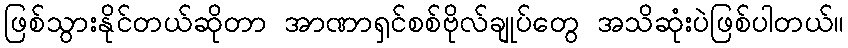
ဖြစ်သွားနိုင်တယ်ဆိုတာ အာဏာရှင်စစ်ဗိုလ်ချုပ်တွေ အသိဆုံးပဲဖြစ်ပါတယ်။